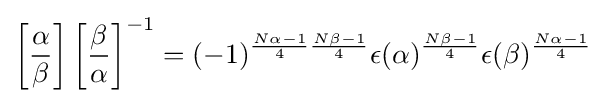
\left[{\frac {\alpha }{\beta }}\right]\left[{\frac {\beta }{\alpha }}\right]^{-1}=(-1)^{{\frac {N\alpha -1}{4}}{\frac {N\beta -1}{4}}}\epsilon (\alpha )^{\frac {N\beta -1}{4}}\epsilon (\beta )^{\frac {N\alpha -1}{4}}